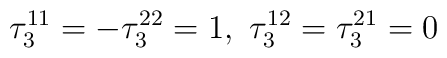
\tau_3^{11} = - \tau_3^{22} = 1,\ \tau_3^{12} = \tau_3^{21} = 0